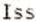
ISS